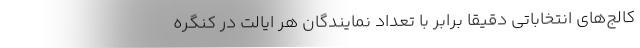
کالج‌های انتخاباتی دقیقا برابر با تعداد نمایندگان هر ایالت در کنگره